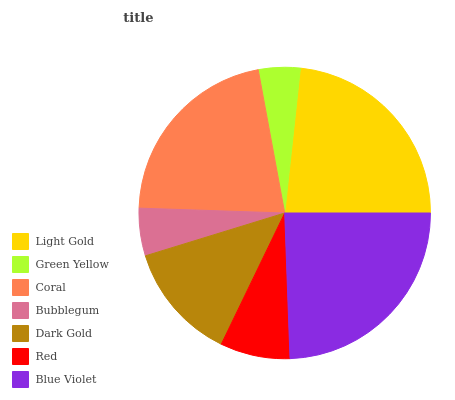
| Light Gold | Green Yellow | Coral | Bubblegum | Dark Gold | Red | Blue Violet |
 | --- | --- | --- | --- | --- | --- | --- |
 | 23.3% | 4.64% | 21.5% | 5.28% | 13.1% | 7.76% | 24.4% |